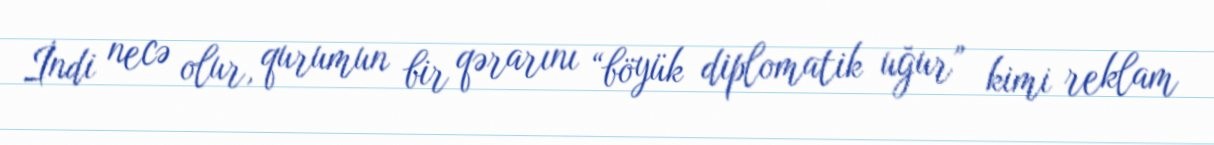
İndi necə olur, qurumun bir qərarını “böyük diplomatik uğur” kimi reklam